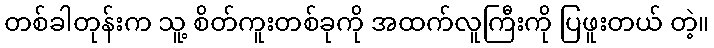
တစ်ခါတုန်းက သူ့ စိတ်ကူးတစ်ခုကို အထက်လူကြီးကို ပြဖူးတယ် တဲ့။